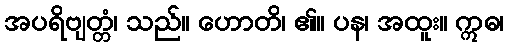
အပရိဗျတ္တံ၊ သည်။ ဟောတိ၊ ၏။ ပန၊ အထူး။ ဣဓ၊